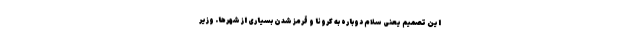
این تصمیم یعنی سلام دوباره به کرونا و قرمز شدن بسیاری از شهرها. وزیر